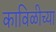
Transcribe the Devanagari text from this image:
काविळीच्या